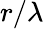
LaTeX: r/\lambda